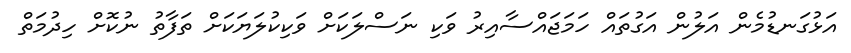
އަޅުގަނޑުމެން އަލުން އަގުތައް ހަމަޖައްސާއިރު ވަކި ނަސްލަކަށް ވަކިކުލަޔަކަށް ތަފާތު ނުކޮށް ހިދުމަތް